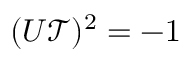
( U \mathcal { T } ) ^ { 2 } = - 1